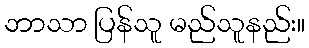
ဘာသာ ပြန်သူ မည်သူနည်း။